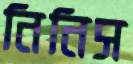
নিনিস